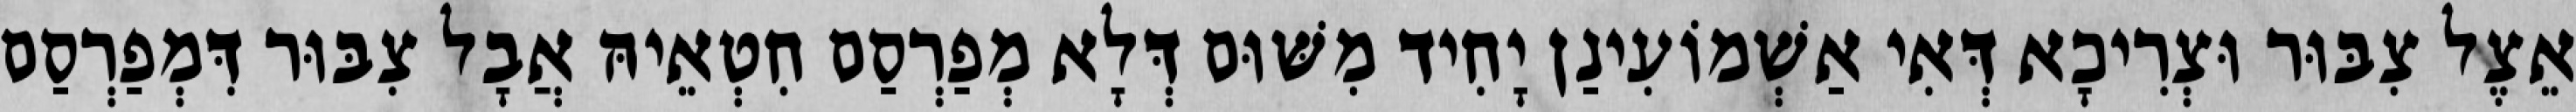
אֵצֶל צִבּוּר וּצְרִיכָא דְּאִי אַשְׁמוֹעִינַן יָחִיד מִשּׁוּם דְּלָא מְפַרְסַם חִטְאֵיהּ אֲבָל צִבּוּר דִּמְפַרְסַם